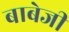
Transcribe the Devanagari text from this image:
बाबेजी